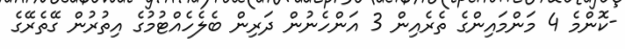
-ކޮންމެ 4 މަންމައިންގެ ތެރެއިން 3 އަންހެނުން ދަރިން ބެލެހެއްޓުމުގެ އިތުރުން ގޭތެރޭގެ